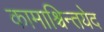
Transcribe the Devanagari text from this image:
कामाश्चिन्तयेद